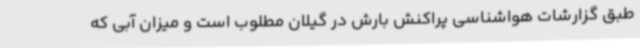
طبق گزارشات هواشناسی پراکنش بارش در گیلان مطلوب است و میزان آبی که